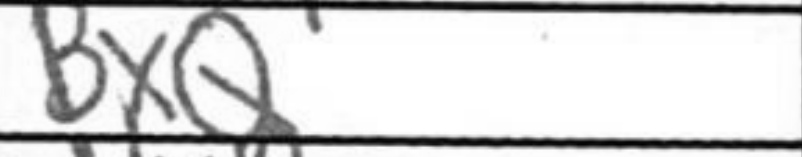
Transcription: BxQ